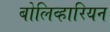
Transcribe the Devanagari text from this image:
बोलिव्हारियन